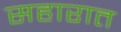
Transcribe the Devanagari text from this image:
सहारात